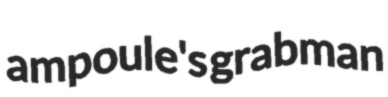
ampoule's grabman